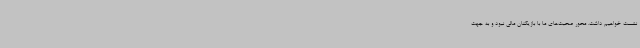
نشست خواهیم داشت. محور صحبت‌های ما با بازیکنان مالی نبود و به جهت